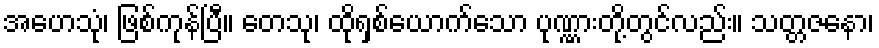
အဟေသုံ၊ ဖြစ်ကုန်ပြီ။ တေသု၊ ထိုရှစ်ယောက်သော ပုဏ္ဏားတို့တွင်လည်း။ သတ္တဇနော၊